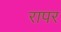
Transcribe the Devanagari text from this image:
रापर